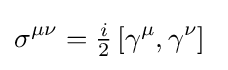
\sigma ^{\mu \nu }={\tfrac {i}{2}}\left[\gamma ^{\mu },\gamma ^{\nu }\right]~